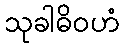
သုခါဓိဝဟံ